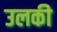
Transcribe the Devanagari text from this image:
उलकी